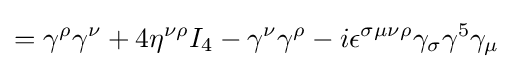
=\gamma ^{\rho }\gamma ^{\nu }+4\eta ^{\nu \rho }I_{4}-\gamma ^{\nu }\gamma ^{\rho }-i\epsilon ^{\sigma \mu \nu \rho }\gamma _{\sigma }\gamma ^{5}\gamma _{\mu }